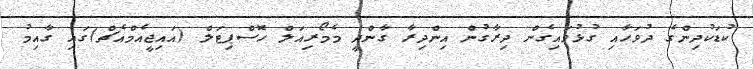
ކުޑަކުދިންގެ ދުވަހާއި ގުޅުވައިގެން ދިރާގުން އިންދިރާ ގާންދީ މެމޯރިއަލް ހޮސްޕިޓަލް (އައިޖީއެމްއެޗް)ގައި ގާއިމު